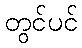
တွင်ပင်